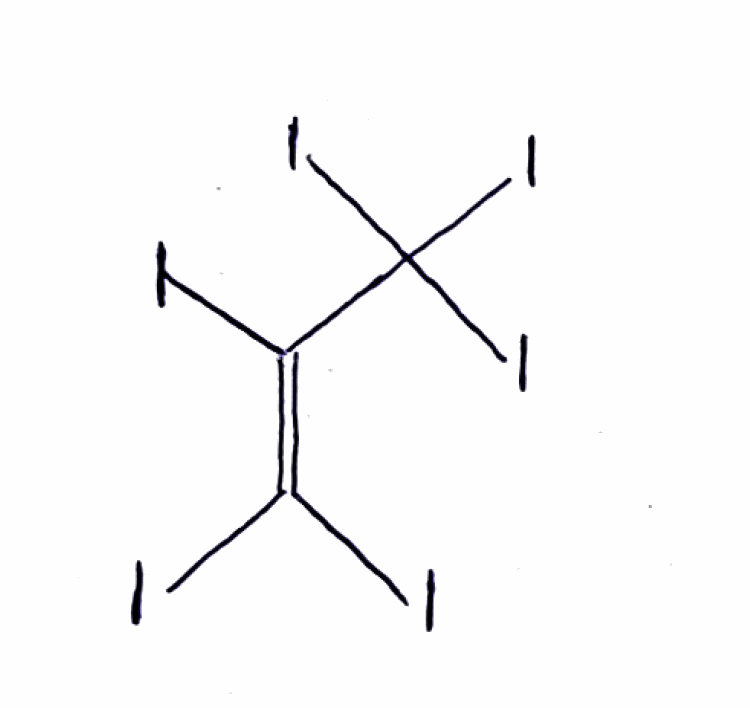
Simplified molecular-input line-entry system (SMILES) notation of the given molecule:
C(=C(I)I)(C(I)(I)I)I